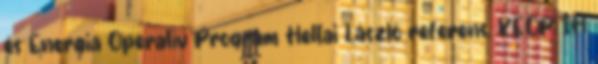
és Energia Operatív Program Heltai László referens, KEOP IH